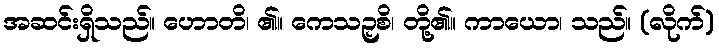
အဆင်းရှိသည်။ ဟောတိ၊ ၏။ ကေသဉှစိ၊ တို့၏။ ကာယော၊ သည်။ (လိုက်)